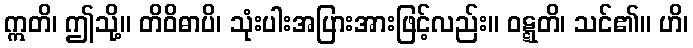
ဣတိ၊ ဤသို့။ တိဝိဓာပိ၊ သုံးပါးအပြားအားဖြင့်လည်း။ ဝဋ္ဋတိ၊ သင်၏။ ဟိ၊